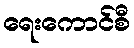
ရေးကောင်စီ